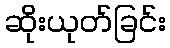
ဆိုးယုတ်ခြင်း